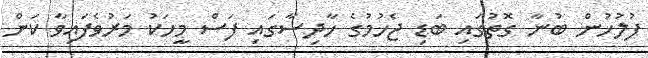
ފުލުހުން ބުނާ ގޮތުގައި ބަޑި ޖެހުމުގެ ހާދިސާގައި ފަސް މީހަކު މަރުވެފައިވާ ކަން